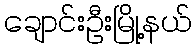
ချောင်းဦးမြို့နယ်